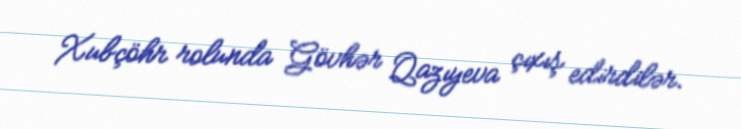
Xubçöhr rolunda Gövhər Qazıyeva çıxış edirdilər.